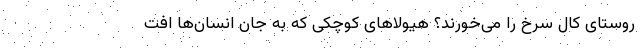
روستای کال سرخ را می‌خورند؟ هیولاهای کوچکی که به جان انسان‌ها افت